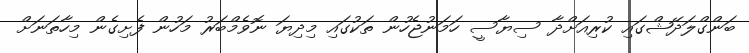
ބަންގްލަދޭޝްގައި ކުރިއަށްދާ ސިޔާސީ ހަމަނުޖެހުން ތަކުގައި މިދިޔަ ނޮވެމްބަރު މަހުން ފެށިގެން މިހާތަނަށް